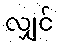
လျှင်